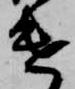
遣